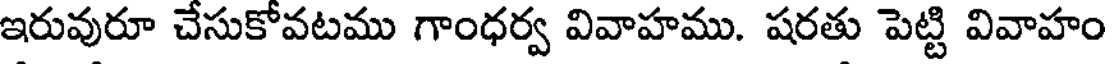
ఇరువురూ చేసుకోవటము గాంధర్వ వివాహము. షరతు పెట్టి వివాహం